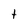
Character: t